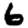
Digit: 6